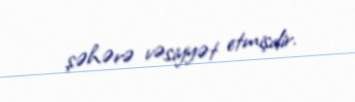
şəhərə vəsiyyət etmişdir.